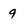
Character: 9